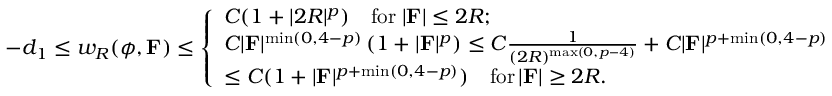
- d _ { 1 } \leq w _ { R } ( \phi , \mathbf { F } ) \leq \left\{ \begin{array} { l l } { C ( 1 + | 2 R | ^ { p } ) \quad \mathrm { f o r } \; | \mathbf { F } | \leq 2 R ; } \\ { C | \mathbf { F } | ^ { \operatorname* { m i n } ( 0 , 4 - p ) } \left( 1 + | \mathbf { F } | ^ { p } \right) \leq C \frac { 1 } { ( 2 R ) ^ { \operatorname* { m a x } ( 0 , p - 4 ) } } + C | \mathbf { F } | ^ { p + \operatorname* { m i n } ( 0 , 4 - p ) } } \\ { \leq C ( 1 + | \mathbf { F } | ^ { p + \operatorname* { m i n } ( 0 , 4 - p ) } ) \quad \mathrm { f o r } \, | \mathbf { F } | \geq 2 R . } \end{array} \right.